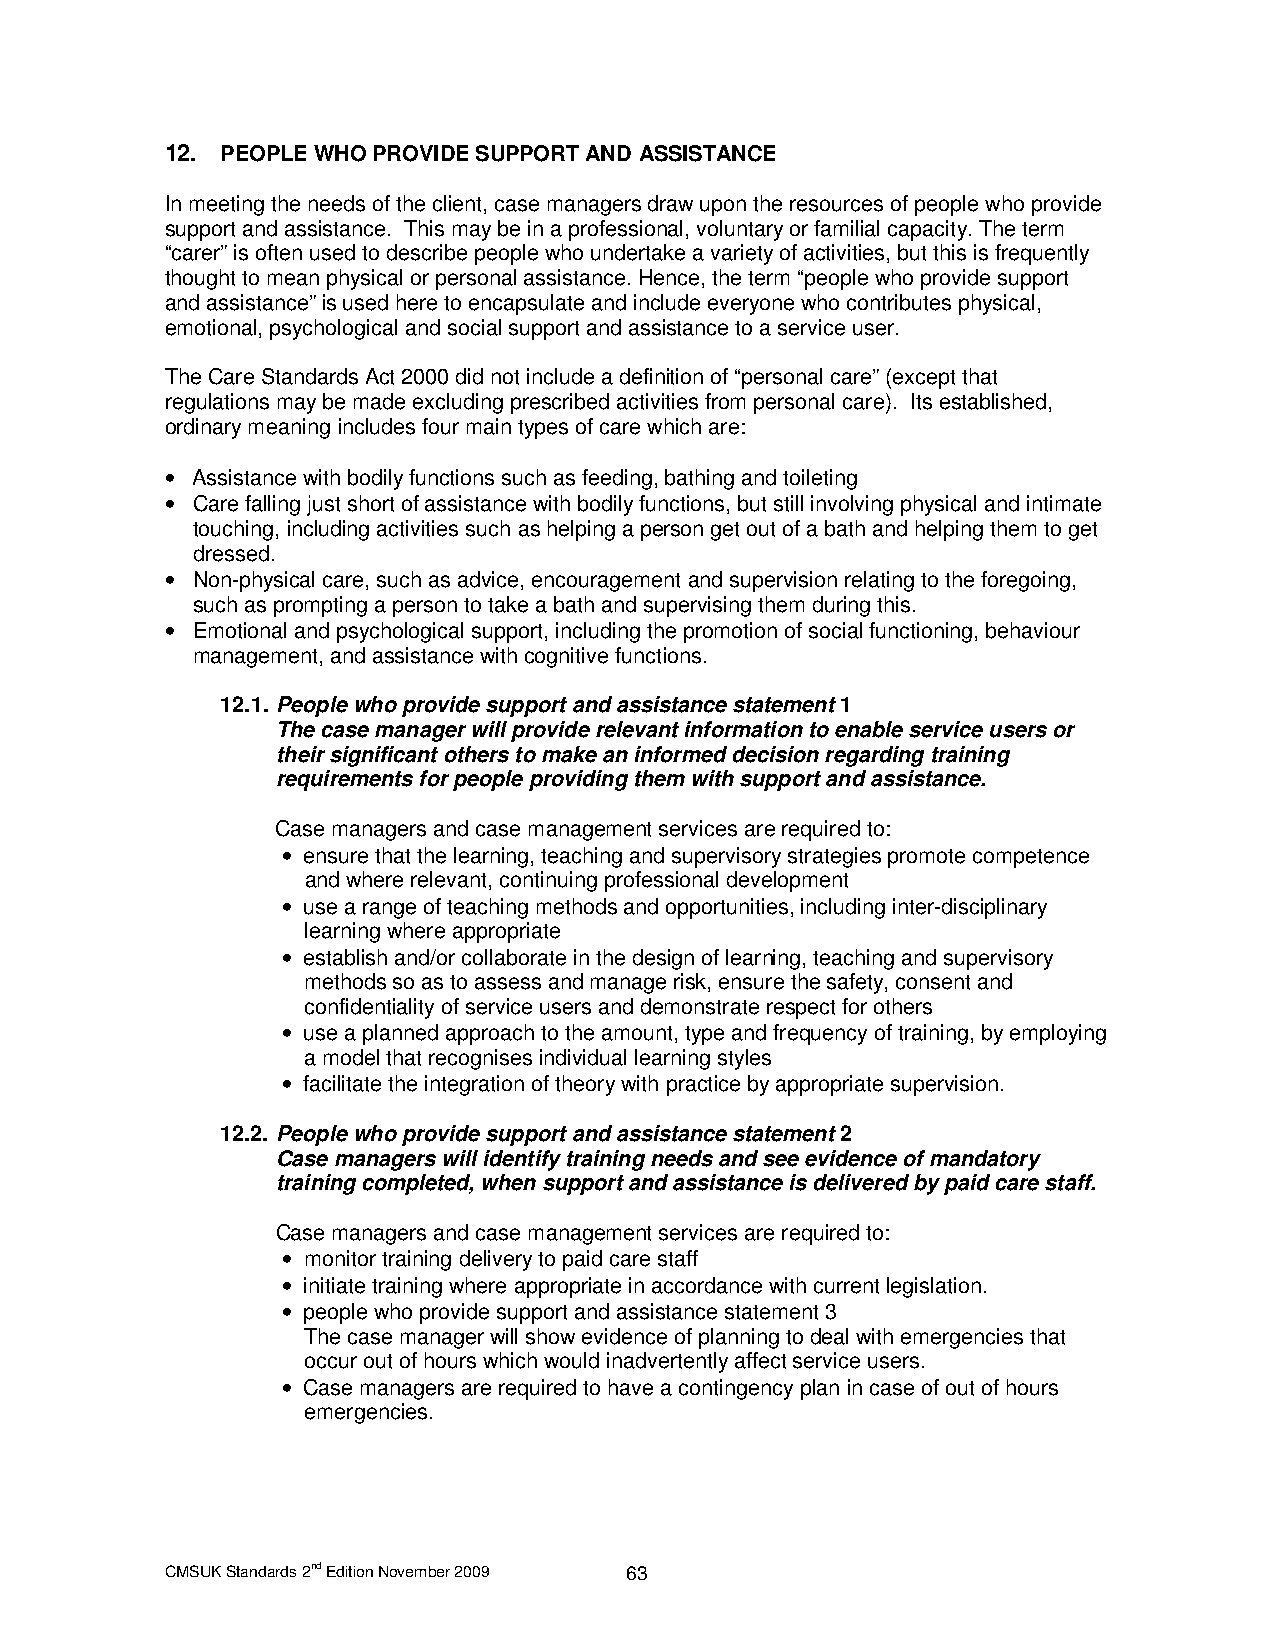
12. PEOPLE WHO PROVIDE SUPPORT AND ASSISTANCE
 In meeting the needs of the client, case managers draw upon the resources of people who provide
 support and assistance. This may be in a professional, voluntary or familial capacity. The term
 “carer” is often used to describe people who undertake a variety of activities, but this is frequently
 thought to mean physical or personal assistance. Hence, the term “people who provide support
 and assistance” is used here to encapsulate and include everyone who contributes physical,
 emotional, psychological and social support and assistance to a service user.
 The Care Standards Act 2000 did not include a definition of “personal care” (except that
 regulations may be made excluding prescribed activities from personal care). Its established,
 ordinary meaning includes four main types of care which are:
 • Assistance with bodily functions such as feeding, bathing and toileting
 • Care falling just short of assistance with bodily functions, but still involving physical and intimate
 touching, including activities such as helping a person get out of a bath and helping them to get
 dressed.
 • Non-physical care, such as advice, encouragement and supervision relating to the foregoing,
 such as prompting a person to take a bath and supervising them during this.
 • Emotional and psychological support, including the promotion of social functioning, behaviour
 management, and assistance with cognitive functions.
 12.1. People who provide support and assistance statement 1
 The case manager will provide relevant information to enable service users or
 their significant others to make an informed decision regarding training
 requirements for people providing them with support and assistance.
 Case managers and case management services are required to:
 • ensure that the learning, teaching and supervisory strategies promote competence
 and where relevant, continuing professional development
 • use a range of teaching methods and opportunities, including inter-disciplinary
 learning where appropriate
 • establish and/or collaborate in the design of learning, teaching and supervisory
 methods so as to assess and manage risk, ensure the safety, consent and
 confidentiality of service users and demonstrate respect for others
 • use a planned approach to the amount, type and frequency of training, by employing
 a model that recognises individual learning styles
 • facilitate the integration of theory with practice by appropriate supervision.
 12.2. People who provide support and assistance statement 2
 Case managers will identify training needs and see evidence of mandatory
 training completed, when support and assistance is delivered by paid care staff.
 Case managers and case management services are required to:
 • monitor training delivery to paid care staff
 • initiate training where appropriate in accordance with current legislation.
 • people who provide support and assistance statement 3
 The case manager will show evidence of planning to deal with emergencies that
 occur out of hours which would inadvertently affect service users.
 • Case managers are required to have a contingency plan in case of out of hours
 emergencies.
 CMSUK Standards 2nd Edition November 2009 63